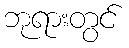
ဘုရားတွင်